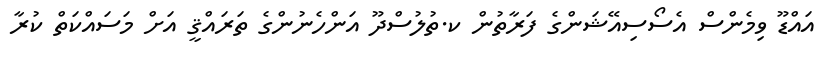
އައްޑޫ ވިމެންސް އެސޯސިއޭޝަންގެ ފަރާތުން ކ.ތުލުސްދޫ އަންހެނުންގެ ތަރައްޤީ އަށް މަސައްކަތް ކުރާ